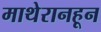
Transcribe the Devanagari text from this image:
माथेरानहून